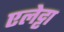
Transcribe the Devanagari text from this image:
एलेट्टा